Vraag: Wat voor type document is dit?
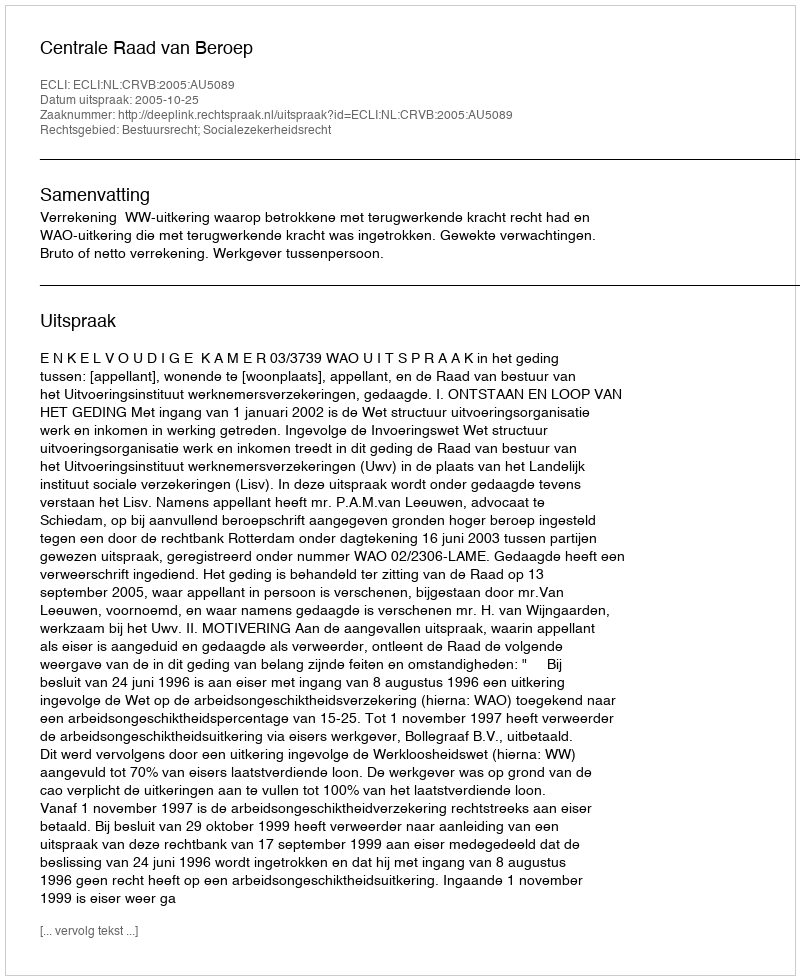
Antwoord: Uitspraak